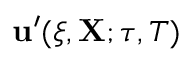
\mathbf { u } ^ { \prime } ( \boldsymbol { \xi } , \mathbf { X } ; \tau , T )